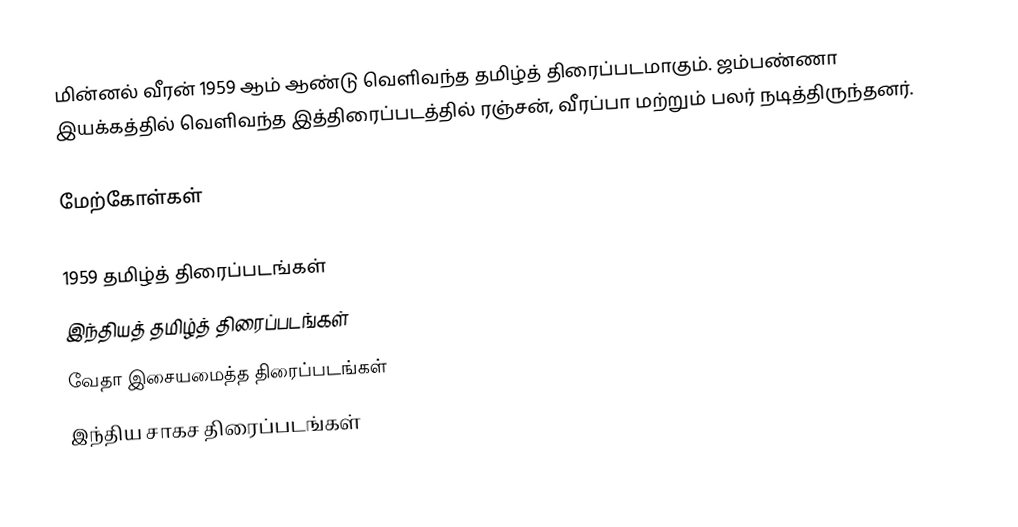
மின்னல் வீரன் 1959 ஆம் ஆண்டு வெளிவந்த தமிழ்த் திரைப்படமாகும். ஜம்பண்ணா இயக்கத்தில் வெளிவந்த இத்திரைப்படத்தில் ரஞ்சன், வீரப்பா மற்றும் பலர் நடித்திருந்தனர்.

மேற்கோள்கள்

1959 தமிழ்த் திரைப்படங்கள்
இந்தியத் தமிழ்த் திரைப்படங்கள்
வேதா இசையமைத்த திரைப்படங்கள்
இந்திய சாகச திரைப்படங்கள்